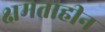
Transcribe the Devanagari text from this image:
क्षमताहीन